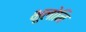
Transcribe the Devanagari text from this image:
भूलोनि